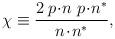
LaTeX: \begin{align*}\chi \equiv \frac {2\:p\!\cdot\! n\; p\!\cdot\! n^{\ast}}{n\!\cdot\! n^{\ast}},\end{align*}